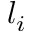
l _ { i }